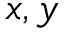
x , y